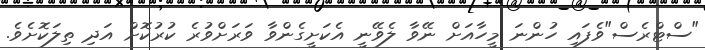
"ސްޓްރެސް"ވެފައި ހުންނަ މީހާއަށް ނޭވާ ލެވޭނީ އެކަށީގެންވާ ވަރަށްވުރެ ކުރުކޮށް އަދި ތިލަކޮށެވެ.